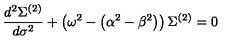
\frac { d ^ { 2 } \Sigma ^ { ( 2 ) } } { d \sigma ^ { 2 } } + \left( \omega ^ { 2 } - \left( { \alpha ^ { 2 } - \beta ^ { 2 } } \right) \right) \Sigma ^ { ( 2 ) } = 0